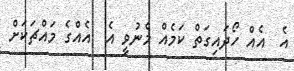
އެ  އެއް ހޯދައިގަތް ކަމެއް މެނުވީ އެ  އެއްގެ މައްޗަކަށް